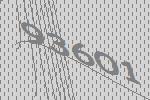
93601